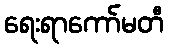
ရေးရာကော်မတီ